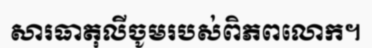
សារធាតុលីចូមរបស់ពិភពលោក។